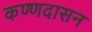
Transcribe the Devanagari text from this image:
कण्णदासन